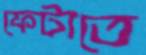
ফেটাতে